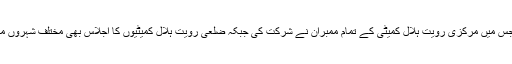
اجلاس لاہور ہائی کورٹ کے قریب ہوا، یہ اجلاس پندرہ سال بعد ہوا ہے، جس میں مرکزی رویت ہلال کمیٹی کے تمام ممبران نے شرکت کی جبکہ ضلعی رویت ہلال کمیٹیوں کا اجلاس بھی مختلف شہروں میں ہوا جنہوں نے چاند دیکھنےکی شہادتیں جمع کرکے مرکزی کمیٹی دیں۔